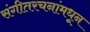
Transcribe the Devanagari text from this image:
संगीतरचनांमधून